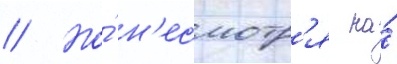
// Но́ н'есмотр'я на́